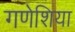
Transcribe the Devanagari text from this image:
गणेशिया